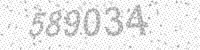
Solution: 589034